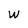
Character: W